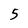
Character: 5